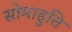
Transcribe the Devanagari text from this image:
सोमाहुति